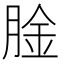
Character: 𫆤